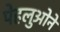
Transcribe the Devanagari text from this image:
पेहलुओने